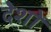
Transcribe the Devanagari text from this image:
देशों